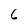
Character: 6